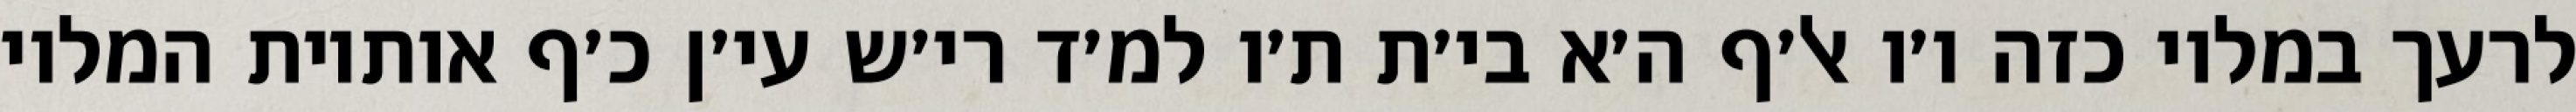
לרעך במלוי כזה ו׳ו אל׳ף ה׳א בי׳ת ת׳ו למ׳ד רי׳ש עי׳ן כ׳ף אותיות המלוי